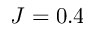
J = 0 . 4